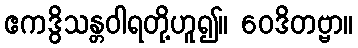
ဧကဒွိသန္တဝါရတို့ဟူ၍။ ဝေဒိတဗ္ဗာ။